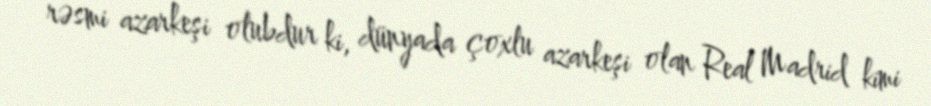
rəsmi azarkeşi olubdur ki, dünyada çoxlu azarkeşi olan Real Madrid kimi